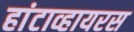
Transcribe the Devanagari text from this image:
हांटाव्हायरस